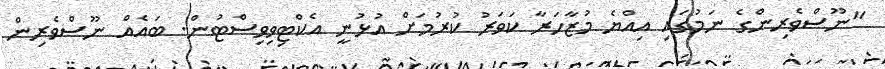
"ނޫސްވެރިންގެ ނަމުގައި އިއްޔެ މުޒާހަރާ ކަވަރު ކުރުމަށް އުޅުނީ އެކްޓިވިވިސްޓުން. ބައެއް ނޫސްވެރިން